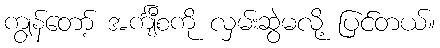
ကျွန်တော့် အင်္ကျီစကို လှမ်းဆွဲမလို့ ပြင်တယ်။